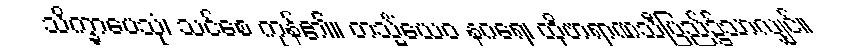
သိက္ခာပေသုံ၊ သင်စေ ကုန်၏။ တသ္မိံယေဝ နဂရေ၊ ထိုဗာရာဏသီပြည်၌သာလျှင်။